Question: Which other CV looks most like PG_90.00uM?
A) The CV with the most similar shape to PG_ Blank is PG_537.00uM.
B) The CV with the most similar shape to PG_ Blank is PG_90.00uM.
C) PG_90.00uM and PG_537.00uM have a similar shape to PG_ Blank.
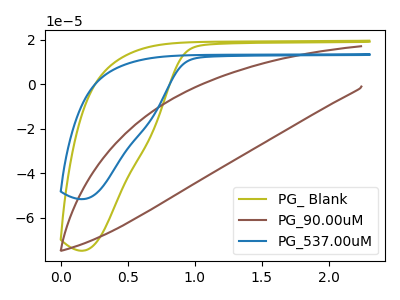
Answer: <think>The olive curve "PG_ Blank" has no peaks. The brown curve "PG_90.00uM" has no peaks. The blue curve "PG_537.00uM" has no peaks.
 Neither "PG_ Blank" or "PG_90.00uM" have any peaks. Neither "PG_ Blank" or "PG_537.00uM" have any peaks. Neither "PG_90.00uM" or "PG_537.00uM" have any peaks.</think>
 <answer>C) "PG_90.00uM" and "PG_537.00uM" have a similar shape to "PG_ Blank".</answer>
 <eval>C</eval>